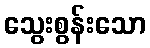
သွေးစွန်းသော